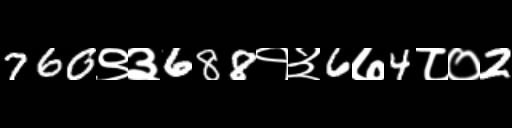
Text: 760९३688१३6७4८०2